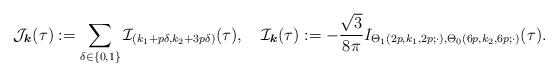
LaTeX: \begin{align*}\mathcal J_{\boldsymbol{k}}(\tau):=\sum_{\delta\in\{0,1\}}\mathcal I_{(k_1+p\delta,k_2+3p\delta)}(\tau),\quad\mathcal I_{\boldsymbol{k}}(\tau):=-\frac{\sqrt{3}}{8\pi}I_{\Theta_1(2p,k_1,2p;\cdot),\Theta_0(6p,k_2,6p;\cdot)}(\tau).\end{align*}